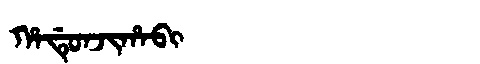
Manchu: ᡥᠠᡩᡠᠨᠵᡳᡥᠠᠪᡳ
Romanization: HADUNJIHABI